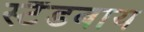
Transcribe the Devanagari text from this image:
स्टैंडबाय